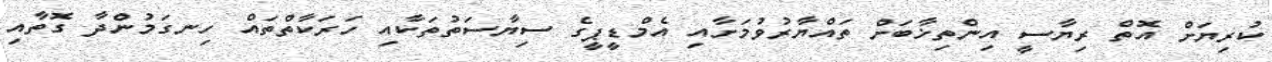
ކުރިޔަށް އޮތް ރިޔާސީ އިންތިޚާބަށް ތައްޔާރުވުމަށާއި އެމްޑީޕީގެ ސިޔާސަތުތަކާއި ހަރަކާތްތައް ހިނގަމުންދާ ގޮތާއި